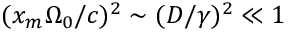
( x _ { m } \Omega _ { 0 } / c ) ^ { 2 } \sim ( D / \gamma ) ^ { 2 } \ll 1